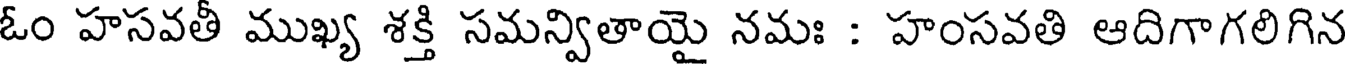
ఓం హసవతీ ముఖ్య శక్తి సమన్వితాయై నమః : హంసవతి ఆదిగాగలిగిన